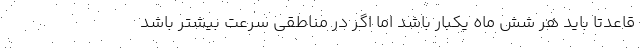
قاعدتا باید هر شش ماه یکبار باشد اما اگر در مناطقی سرعت بیشتر باشد